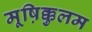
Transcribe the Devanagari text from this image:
मूष़िक्कुलम